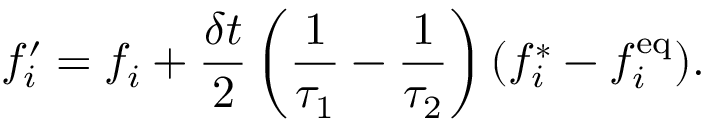
f _ { i } ^ { \prime } = f _ { i } + \frac { \delta t } { 2 } \left( \frac { 1 } { \tau _ { 1 } } - \frac { 1 } { \tau _ { 2 } } \right) ( f _ { i } ^ { \ast } - f _ { i } ^ { \mathrm { e q } } ) .